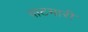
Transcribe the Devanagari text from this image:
वाटमारी